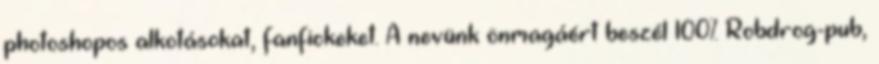
photoshopos alkotásokat, fanfickeket. A nevünk önmagáért beszél 100% Robdrog-pub,